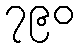
၇၉၀